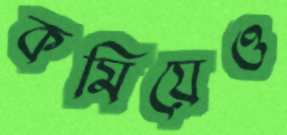
কমিয়েও